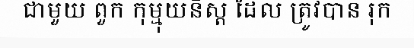
ជាមួយ ពួក កុម្មុយនិស្ត ដែល ត្រូវបាន រុក